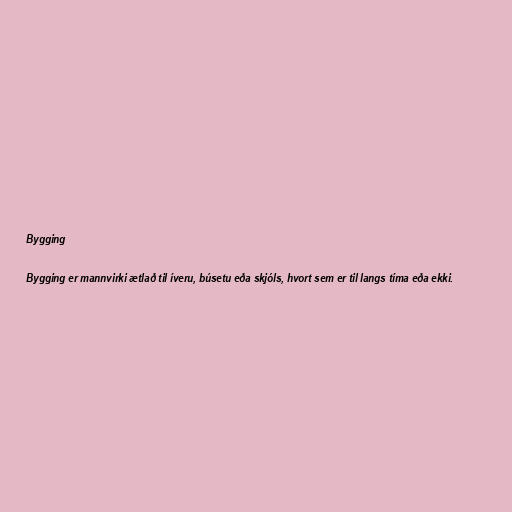
Bygging

Bygging er mannvirki ætlað til íveru, búsetu eða skjóls, hvort sem er til langs tíma eða ekki.